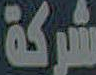
شركة